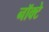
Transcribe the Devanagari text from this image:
नॉक्टे